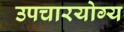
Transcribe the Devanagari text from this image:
उपचारयोग्य